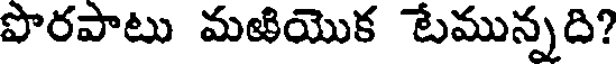
పొరపాటు మఱియొక టేమున్నది?